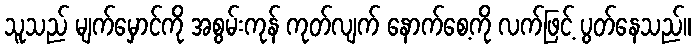
သူသည် မျက်မှောင်ကို အစွမ်းကုန် ကုတ်လျက် နောက်စေ့ကို လက်ဖြင့် ပွတ်နေသည်။